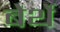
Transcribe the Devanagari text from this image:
बेर्थे